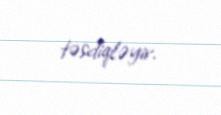
təsdiqləyir.